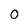
Character: 0